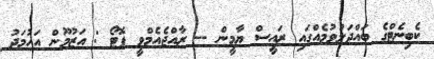
ކެބިނެޓްގެ ބައްދަލުވުމެއްގައި ރައީސް ޔާމީން -- ރާއްޖެއެމްވީ ފޮޓޯ : އަޒުމޫން އަހުމަދު